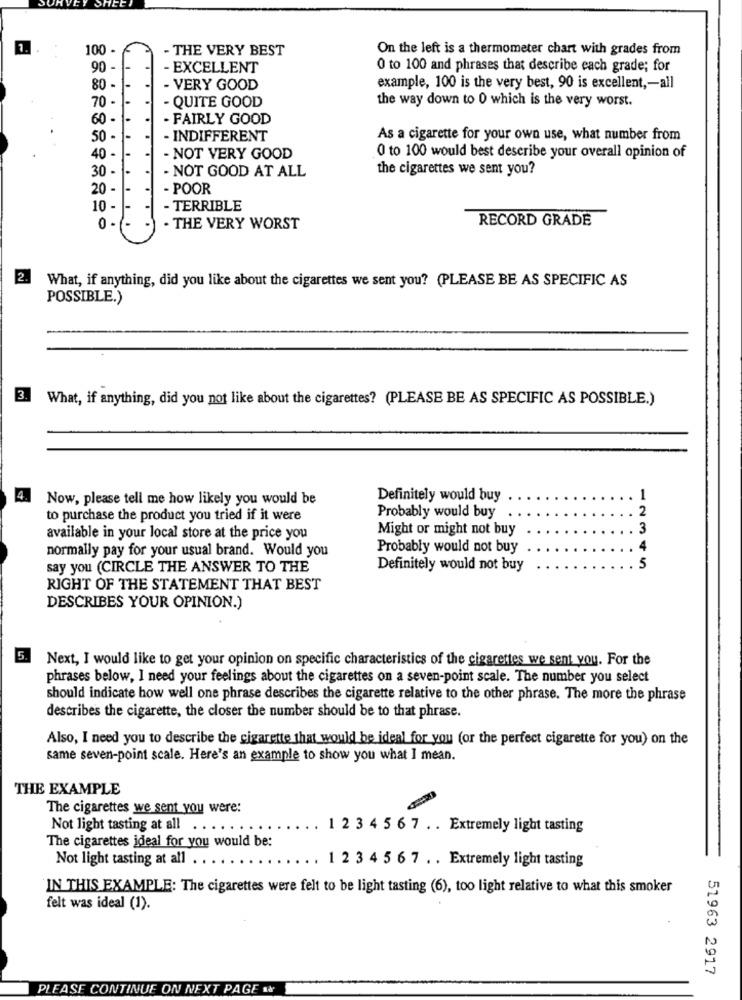
1.
100 -
- THE VERY BEST
On the left is a thermometer chart with grades from
90 -
- EXCELLENT
0 to 100 and phrases that describe each grade; for
80 -
- VERY GOOD
example, 100 is the very best, 90 is excellent ,- all
70 -
the way down to 0 which is the very worst.
- QUITE GOOD
60 -
- FAIRLY GOOD
50 -
INDIFFERENT
As a cigarette for your own use, what number from
40 -
- NOT VERY GOOD
0 to 100 would best describe your overall opinion of
30 -
- NOT GOOD AT ALL
the cigarettes we sent you?
20 -
- POOR
10 -
- TERRIBLE
RECORD GRADE
0 -
. THE VERY WORST
2.
What, if anything, did you like about the cigarettes we sent you? (PLEASE BE AS SPECIFIC AS
POSSIBLE.)
3.
What, if anything, did you not like about the cigarettes? (PLEASE BE AS SPECIFIC AS POSSIBLE.)
4.
Now, please tell me how likely you would be
Definitely would buy
1
2
to purchase the product you tried if it were
Probably would buy
.
Might or might not buy
3
available in your local store at the price you
normally pay for your usual brand. Would you
Probably would not buy
4
say you (CIRCLE THE ANSWER TO THE
Definitely would not buy
5
RIGHT OF THE STATEMENT THAT BEST
DESCRIBES YOUR OPINION.)
5.
Next, I would like to get your opinion on specific characteristics of the cigarettes we sent you. For the
phrases below, I need your feelings about the cigarettes on a seven-point scale. The number you select
should indicate how well one phrase describes the cigarette relative to the other phrase. The more the phrase
describes the cigarette, the closer the number should be to that phrase.
Also, I need you to describe the cigarette that would be ideal for you (or the perfect cigarette for you) on the
same seven-point scale. Here's an example to show you what I mean.
THE EXAMPLE
The cigarettes we sent you were:
Not light tasting at all
...
1 2 3 4 5 6 7 . . Extremely light tasting
The cigarettes ideal for you would be:
Not light tasting at all
1 2 3 4 5 6 7 . . Extremely light tasting
IN THIS EXAMPLE: The cigarettes were felt to be light tasting (6), too light relative to what this smoker
felt was ideal (1).
51963 2917
PLEASE CONTINUE ON NEXT PAGE 1&